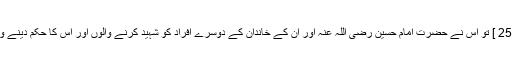
" [ واقعہ کربلا از ابولمکارم ص 25 ] تو اس نے حضرت امام حسین رضی اللہ عنہ اور ان کے خاندان کے دوسرے افراد کو شہید کرنے والوں اور اس کا حکم دینے والے کے خلاف کیا کاروائی کی ۔